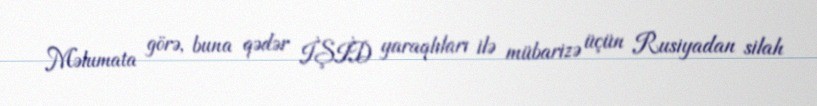
Məlumata görə, buna qədər İŞİD yaraqlıları ilə mübarizə üçün Rusiyadan silah